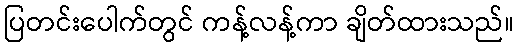
ပြတင်းပေါက်တွင် ကန့်လန့်ကာ ချိတ်ထားသည်။